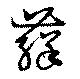
蘚